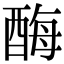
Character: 酶